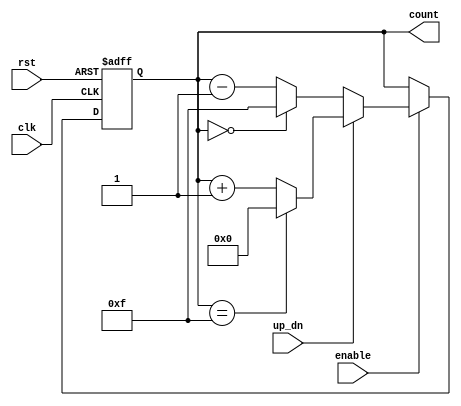
module up_down_counter (
    input wire clk,          // Clock signal
    input wire rst,          // Asynchronous reset signal
    input wire up_dn,        // Control signal for counting direction (1: up, 0: down)
    input wire enable,       // Control signal to enable counting
    output reg [3:0] count   // 4-bit output count value
);

    // Parameter for maximum count value (for a 4-bit counter)
    parameter MAX_COUNT = 4'b1111;
    parameter MIN_COUNT = 4'b0000;

    // Asynchronous reset and counting logic
    always @(posedge clk or posedge rst) begin
        if (rst) begin
            count <= MIN_COUNT; // Reset the counter to zero
        end else if (enable) begin
            if (up_dn) begin
                // Count up
                if (count == MAX_COUNT) begin
                    count <= MIN_COUNT; // Wrap around to zero
                end else begin
                    count <= count + 1; // Increment count
                end
            end else begin
                // Count down
                if (count == MIN_COUNT) begin
                    count <= MAX_COUNT; // Wrap around to max value
                end else begin
                    count <= count - 1; // Decrement count
                end
            end
        end
    end

endmodule